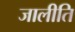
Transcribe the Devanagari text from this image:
जालीति